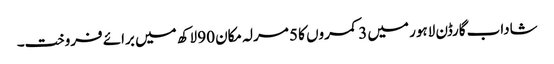
شاداب گارڈن لاہور میں 3 کمروں کا 5 مرلہ مکان 90 لاکھ میں برائے فروخت۔